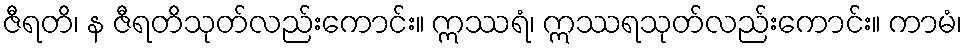
ဇီရတိ၊ န ဇီရတိသုတ်လည်းကောင်း။ ဣဿရံ၊ ဣဿရသုတ်လည်းကောင်း။ ကာမံ၊